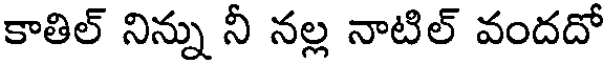
కాతిల్ నిన్ను నీ నల్ల నాటిల్ వందదో